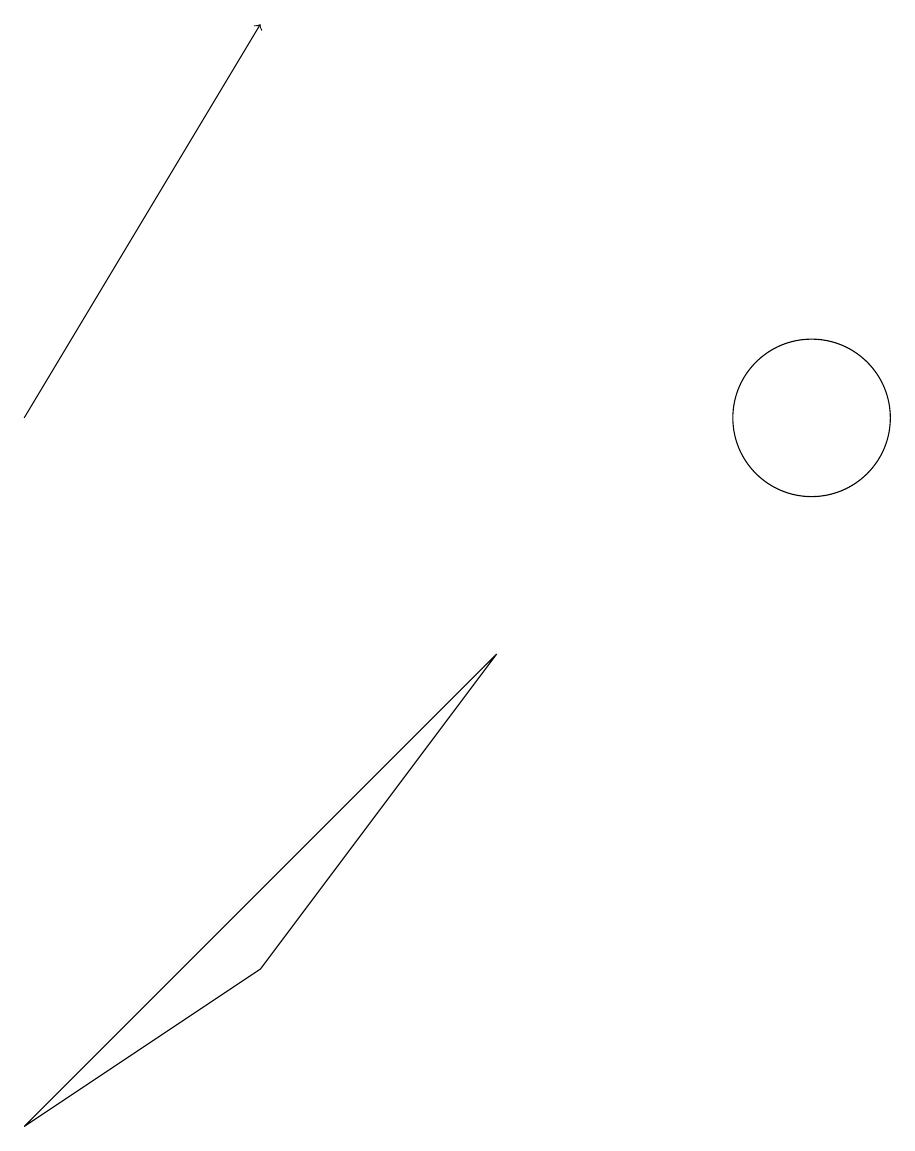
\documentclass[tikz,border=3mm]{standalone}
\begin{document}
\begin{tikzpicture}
\draw (7,8) -- (4,4) -- (1,2) -- cycle;
\draw (11,11) circle (1);
\draw (11,11) circle (0);
\draw (10,12) circle (0);
\draw[->] (1,11) -- (4,16);
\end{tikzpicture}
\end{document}